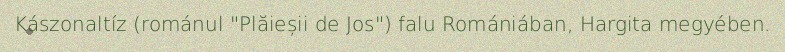
Kászonaltíz (románul "Plăieșii de Jos") falu Romániában, Hargita megyében.